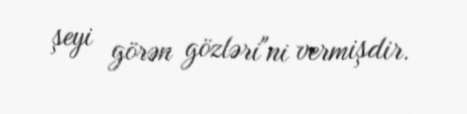
şeyi görən gözləri"ni vermişdir.